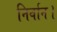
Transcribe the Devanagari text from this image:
निर्वान।